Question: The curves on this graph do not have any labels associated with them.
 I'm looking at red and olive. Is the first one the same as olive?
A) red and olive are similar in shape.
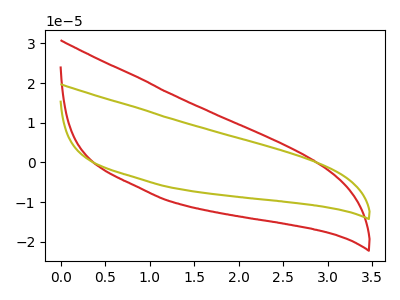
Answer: <think>The red curve "red" has no peaks. The olive curve "olive" has no peaks.
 Neither "red" or "olive" have any peaks.</think>
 <answer>A) "red" and "olive" are similar in shape.</answer>
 <eval>A</eval>